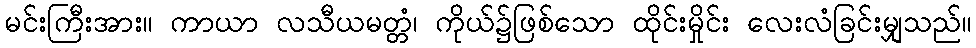
မင်းကြီးအား။ ကာယာ လသီယမတ္တံ၊ ကိုယ်၌ဖြစ်သော ထိုင်းမှိုင်း လေးလံခြင်းမျှသည်။